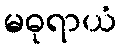
မဓုရာယံ